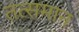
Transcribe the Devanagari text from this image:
तत्समान